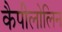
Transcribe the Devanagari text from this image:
कैपीलोलिन